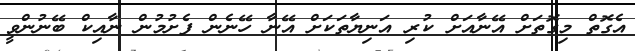
އެގޮތް މިގޮތަށް އޭނާއަށް ކުރި އަނިޔާތަކަށް އޭނާ ހޭނެން ފެށުމުން ނާއިކް ބޭނުންވީ